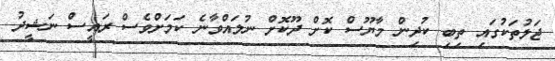
ޖަލުތަކުގައި ތިބި ކުދިން މާޔޫސް ކޮށް ދޫކޮށް ނުލައްވާނެ ކަމަށްވެސް ރައީސް ނަޝީދު